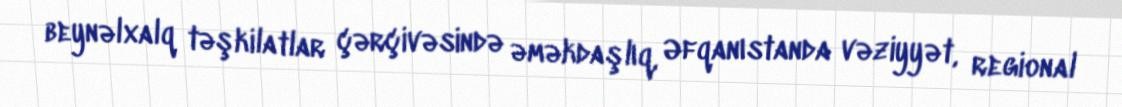
beynəlxalq təşkilatlar çərçivəsində əməkdaşlıq, Əfqanıstanda vəziyyət, regional